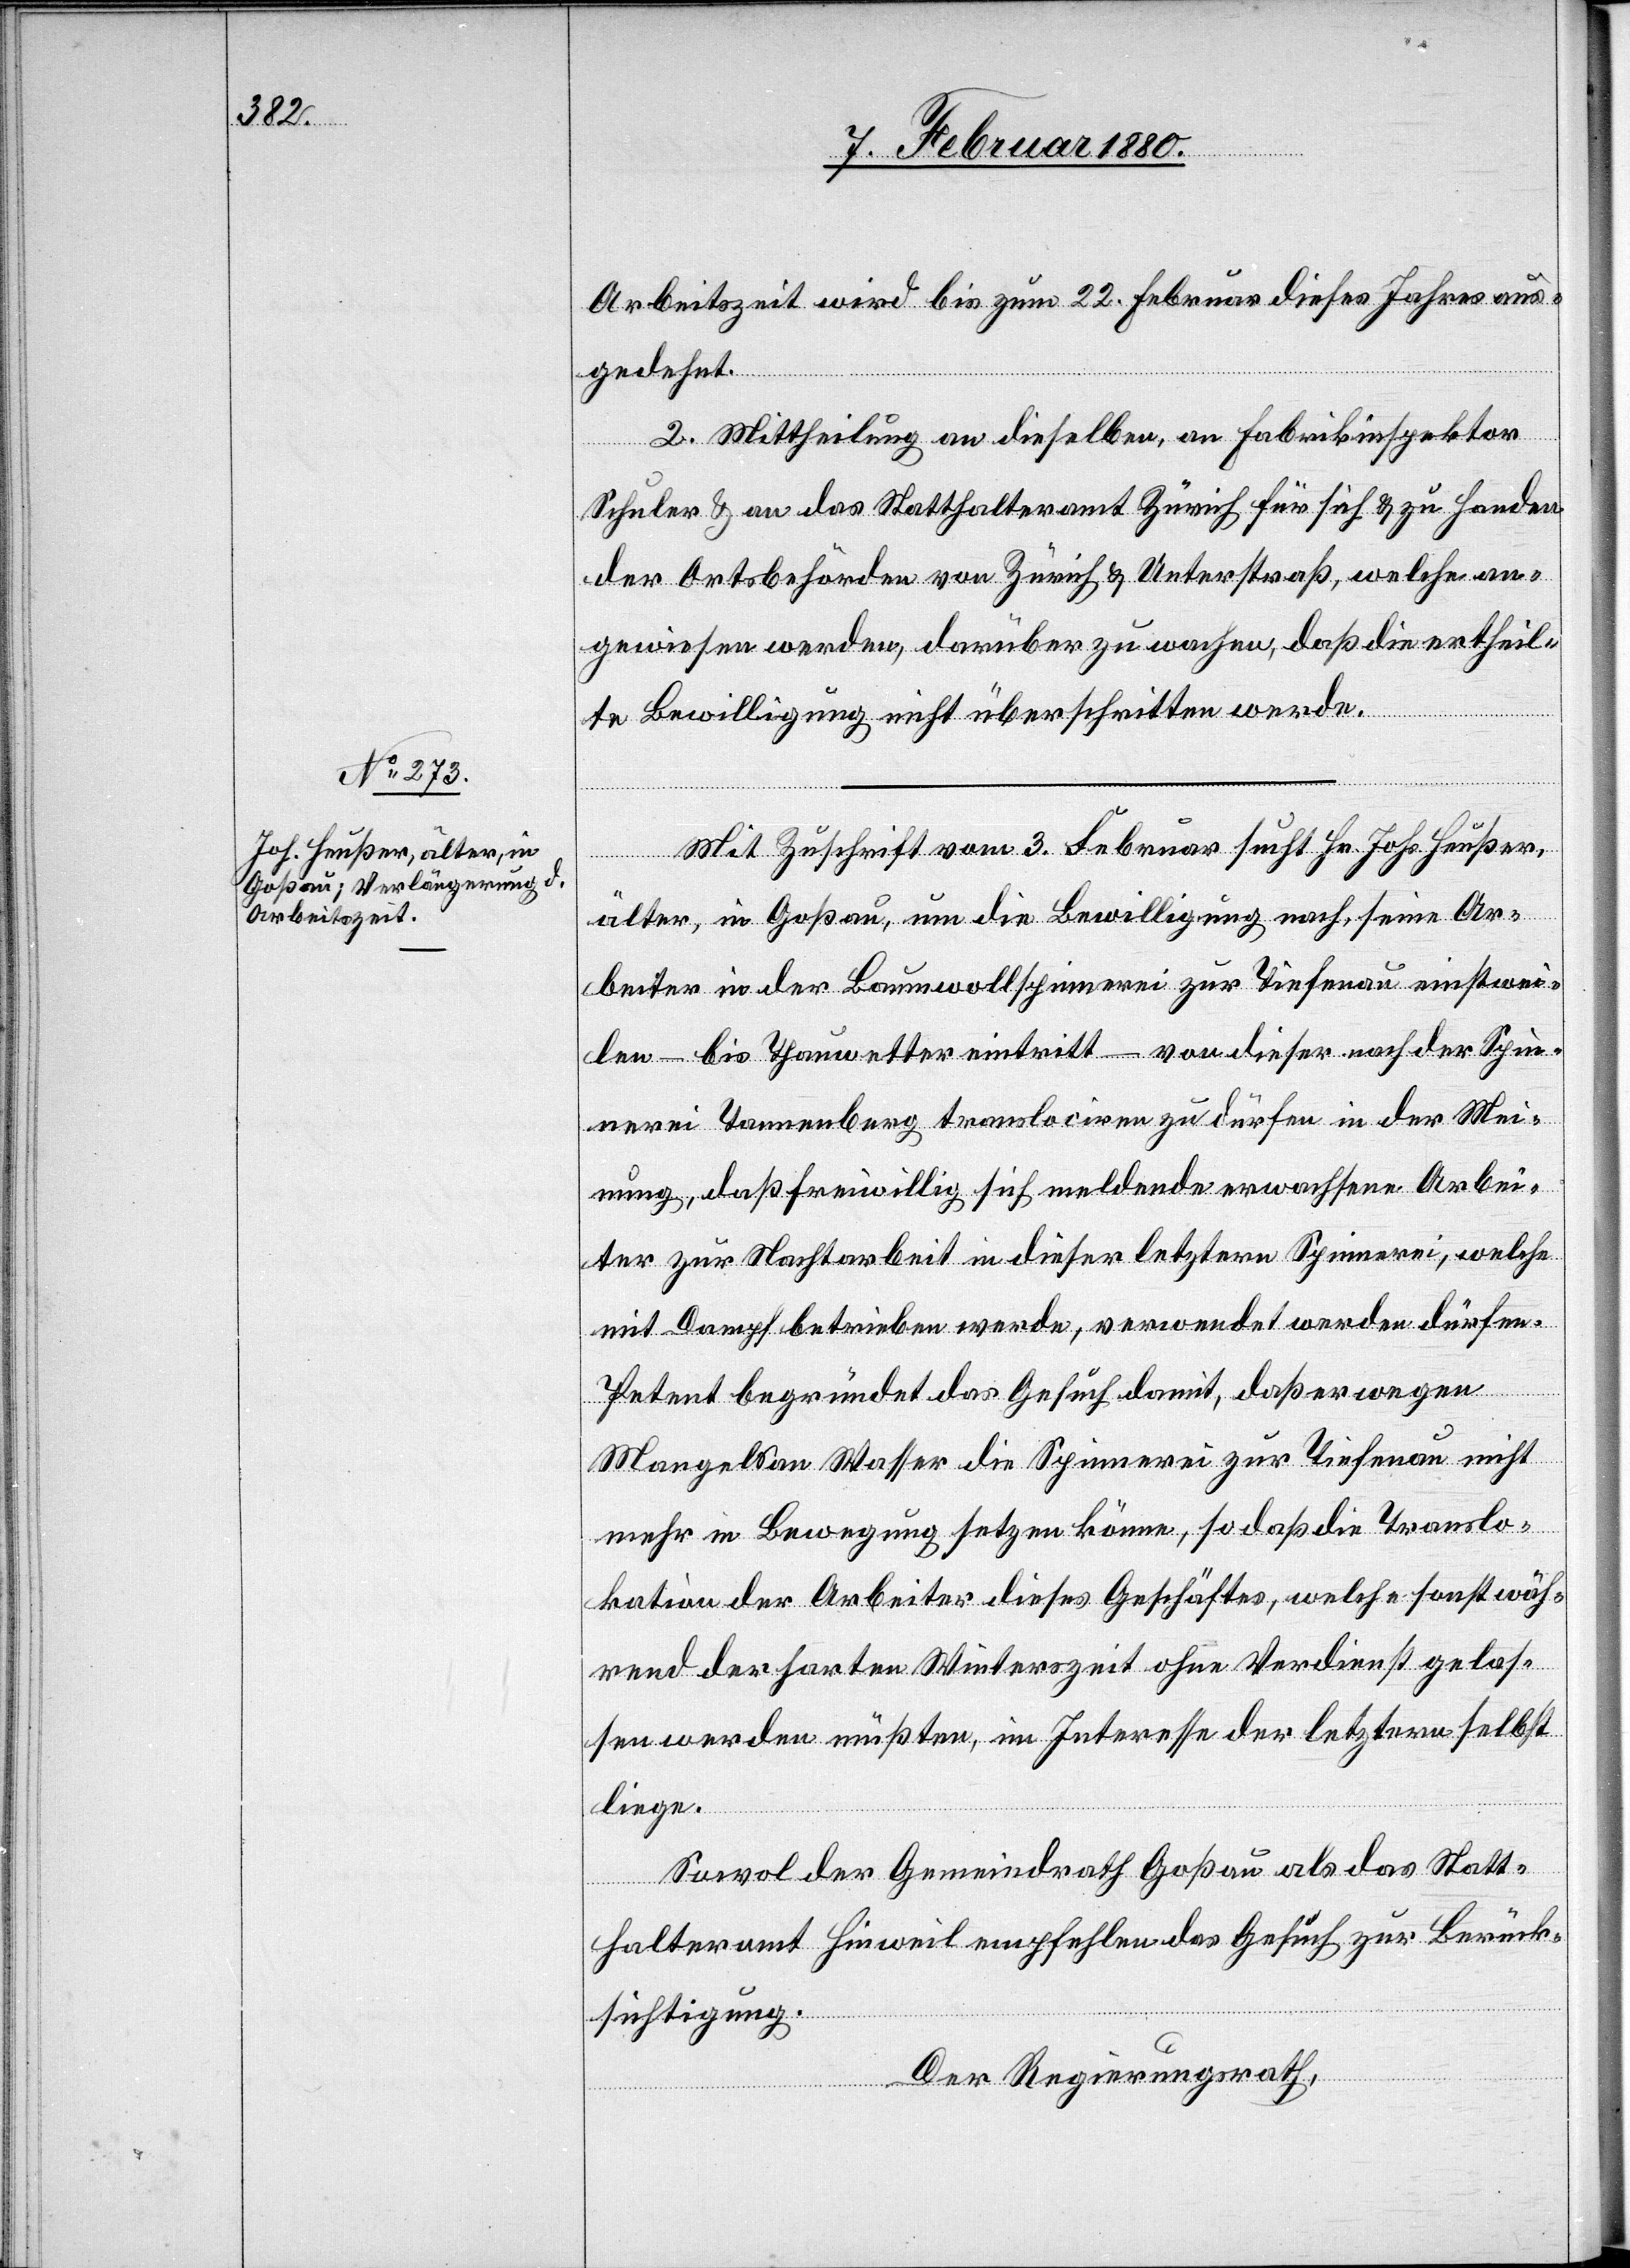
Arbeitszeit wird bis zum 22. Februar dieses Jahres aus¬
gedehnt.
2. Mittheilung an dieselben, an Fabrikinspektor
Schuler & an das Statthalteramt Zürich für sich & zu Handen
der Ortsbehörden von Zürich & Unterstraß, welche an¬
gewiesen werden, darüber zu wachen, daß die ertheil¬
te Bewilligung nicht überschritten werde.
Mit Zuschrift vom 3. Februar sucht Hr. Johs. Heußer,
älter, in Goßau, um die Bewilligung nach, seine Ar¬
beiter in der Baumwollspinnerei zur Tiefenau einstwe¬
ilen – bis Thauwetter eintritt – von dieser nach der Spin¬
nerei Tannenberg translociren zu dürfen in der Mei¬
nung, daß freiwillig sich meldende erwachsene Arbei¬
ter zur Nachtarbeit in dieser letztern Spinnerei, welche
mit Dampf betrieben werde, verwendet werden dürfen.
Petent begründet das Gesuch damit, daß er wegen
Mangels an Wasser die Spinnerei zur Tiefenau nicht
mehr in Bewegung setzen könne, so daß die Translo¬
kation der Arbeiter dieses Geschäftes, welche sonst wäh¬
rend der harten Winterszeit ohne Verdienst gelas¬
sen werden müßten, im Interesse der letztern selbst
liege.
Sowol der Gemeindrath Goßau als das Statt¬
halteramt Hinweil empfehlen das Gesuch zur Berück¬
sichtigung.
Der Regierungsrath,